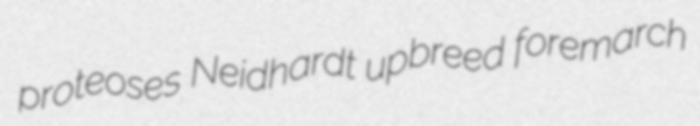
proteoses Neidhardt upbreed foremarch